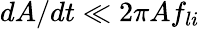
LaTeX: dA/dt\ll 2\pi Af_{li}